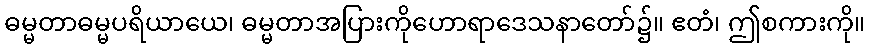
ဓမ္မတာဓမ္မပရိယာယေ၊ ဓမ္မတာအပြားကိုဟောရာဒေသနာတော်၌။ ဧတံ၊ ဤစကားကို။